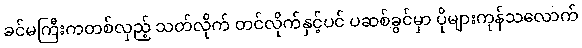
ခင်မကြီးကတစ်လှည့် သတ်လိုက် တင်လိုက်နှင့်ပင် ပဆစ်ခွင်မှာ ပိုများကုန်သလောက်